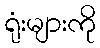
ရုံးများကို